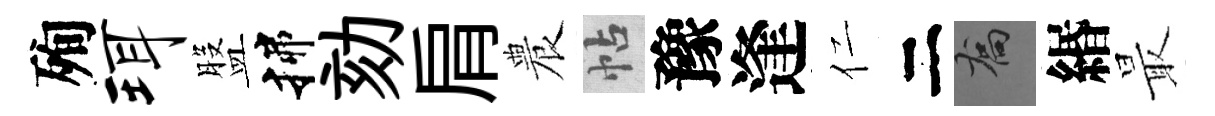
殉珥盤揲劾肩農帖豫逢仁二喬緡最